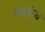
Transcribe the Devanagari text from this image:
हळकुंड